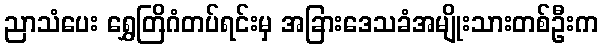
ညာသံပေး ရွှေတြိဂံတပ်ရင်းမှ အခြားဒေသခံအမျိုးသားတစ်ဦးက